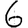
Digit: 6